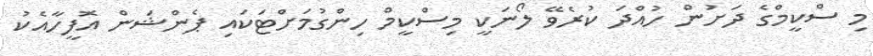
މި ސްކީމްގެ ދަށުން ހުއްދަ ކުރެވޭ ލޯނަކީ މިސްކީމް ހިންގުމަށްޓަކައި ޕެންޝަން އޮފީހާއެކު